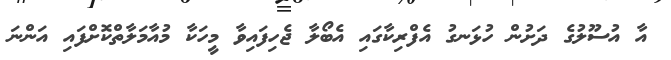
އާ އުސޫލުގެ ދަށުން ހުޅަނގު އެފްރިކާގައި އެބޯލާ ޖެހިފައިވާ މީހަކާ މުއާމަލާތްކޮށްފައި އަންނަ